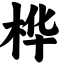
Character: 桦